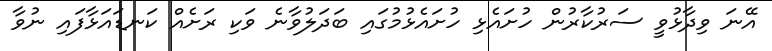
އޭނަ ވިދާޅުވީ ސަރުކާރުން ހުށައެޅި ހުށައެޅުމުގައި ބަދަލުވާނެ ވަކި ރަށެއް ކަނޑައަޅާފައި ނުވާ